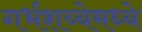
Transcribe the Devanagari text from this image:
गर्भशय्येमध्ये